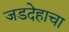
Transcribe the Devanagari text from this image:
जडदेहाचा